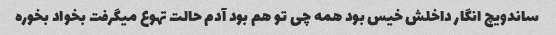
ساندویچ انگار داخلش خیس بود همه چی تو هم بود آدم حالت تهوع میگرفت بخواد بخوره